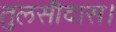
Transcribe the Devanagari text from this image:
तुलसीदास।